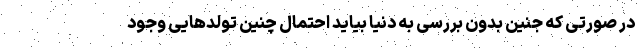
در صورتی که جنین بدون بررسی به دنیا بیاید احتمال چنین تولدهایی وجود